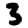
Digit: 3